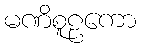
မဏိစူဠကော